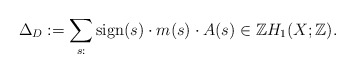
\begin{align*}\Delta_{D}:=\sum_{s: }\mathrm{sign}(s)\cdot m(s)\cdot A(s) \in \mathbb{Z}H_{1}(X; \mathbb{Z}).\end{align*}